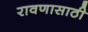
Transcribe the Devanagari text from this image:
रावणासाठी